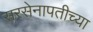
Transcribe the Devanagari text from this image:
सरसेनापतीच्या